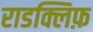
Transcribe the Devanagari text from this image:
राडक्लिफ़